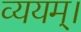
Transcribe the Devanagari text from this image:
व्ययम्।